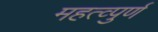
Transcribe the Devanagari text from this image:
महत्व्पुर्ण